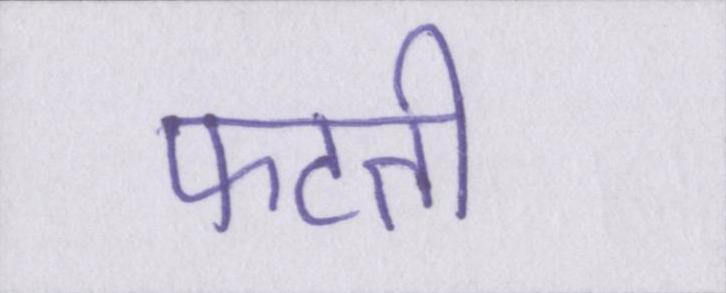
फटती